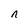
Character: n